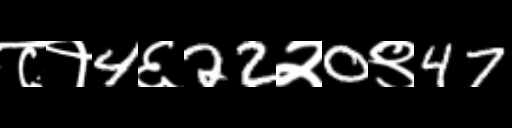
Text: ८१4६22२0९47